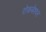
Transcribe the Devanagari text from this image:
रोकबेश्वर